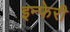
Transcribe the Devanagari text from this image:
इन्फेरी